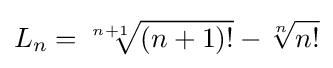
L_{n}={\sqrt[{n+1}]{(n+1)!}}-{\sqrt[{n}]{n!}}